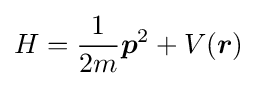
H={\frac {1}{2m}}{\boldsymbol {p}}^{2}+V({\boldsymbol {r}})